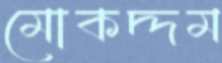
মোকদ্দম